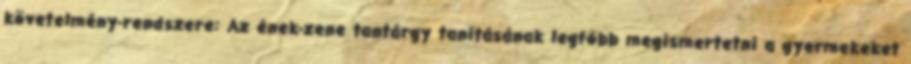
követelmény-rendszere: Az ének-zene tantárgy tanításának legfőbb megismertetni a gyermekeket